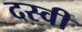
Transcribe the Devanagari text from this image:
दस्वीं